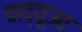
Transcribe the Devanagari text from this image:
पाद्यूआ